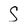
Character: S